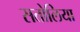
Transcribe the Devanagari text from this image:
सतोलिया